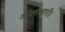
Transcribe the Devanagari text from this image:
गोलाबारी।